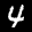
Label: 4